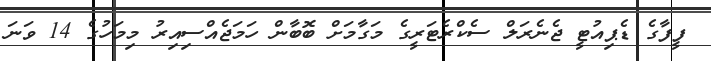
ފީފާގެ ޑެޕިއުޓީ ޖެނެރަލް ސެކްރެޓަރީގެ މަގާމަށް ބޮބާން ހަމަޖެއްސިއިރު މިމަހުގެ 14 ވަނަ